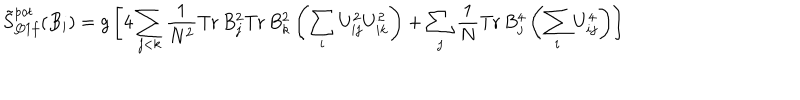
\tilde { S } _ { Q 1 f } ^ { p o t } ( B _ { i } ) = g \left[ 4 \sum _ { j < k } \frac { 1 } { N ^ { 2 } } \mathrm { T r } \, B _ { j } ^ { 2 } \mathrm { T r } \, B _ { k } ^ { 2 } \left( \sum _ { i } U _ { i j } ^ { 2 } U _ { i k } ^ { 2 } \right) + \sum _ { j } \frac { 1 } { N } \mathrm { T r } \, B _ { j } ^ { 4 } \left( \sum _ { i } U _ { i j } ^ { 4 } \right) \right]